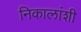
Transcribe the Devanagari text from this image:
निकालांशी